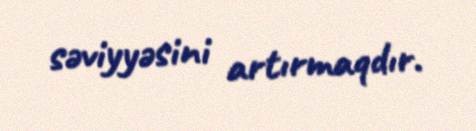
səviyyəsini artırmaqdır.